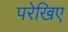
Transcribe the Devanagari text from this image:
परेखिए